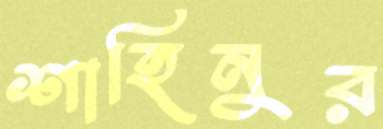
শাহিনুর